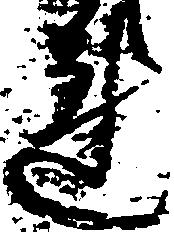
連